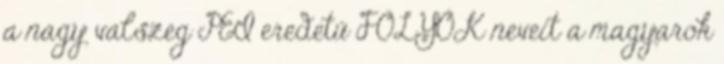
a nagy valszeg PEI eredetű FOLYÓK neveit a magyarok